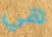
هي